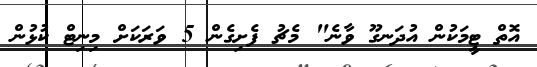
އޮތް ޓީމަކުން އުދަނގޫ ވާނެ" މެޗު ފެށިގެން 5 ވަރަކަށް މިނިޓް ކުޅުން